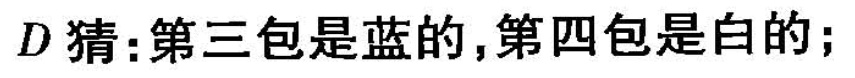
D猜：第三包是蓝的，第四包是白的；